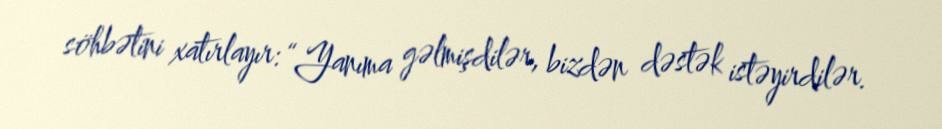
söhbətini xatırlayır: “Yanıma gəlmişdilər, bizdən dəstək istəyirdilər.